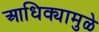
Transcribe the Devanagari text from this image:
आधिक्यामुळे